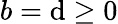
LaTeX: b=\mathrm{d}\geq0